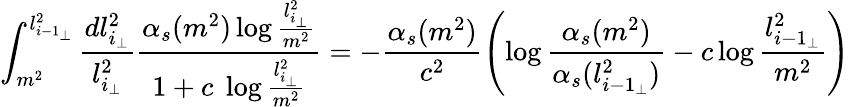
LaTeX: \int_{m^{2}}^{l_{{i-1}_{\perp}}^{2}}\frac{dl_{{i}_{\perp}}^{2}}{l_{{i}_{\perp}}^{2}}\frac{\alpha_{s}(m^{2})\log\frac{l_{{i}_{\perp}}^{2}}{m^{2}}}{1+c\; \log\frac{l_{{i}_{\perp}}^{2}}{m^{2}}}=-\frac{\alpha_{s}(m^{2})}{c^{2}}\left(\log\frac{\alpha_{s}(m^{2})}{\alpha_{s}(l_{{i-1}_{\perp}}^{2})}-c\log\frac{l_{{i-1}_{\perp}}^{2}}{m^{2}}\right)